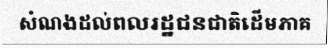
សំណងដល់ពលរដ្ឋជនជាតិដើមភាគ